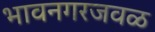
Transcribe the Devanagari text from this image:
भावनगरजवळ